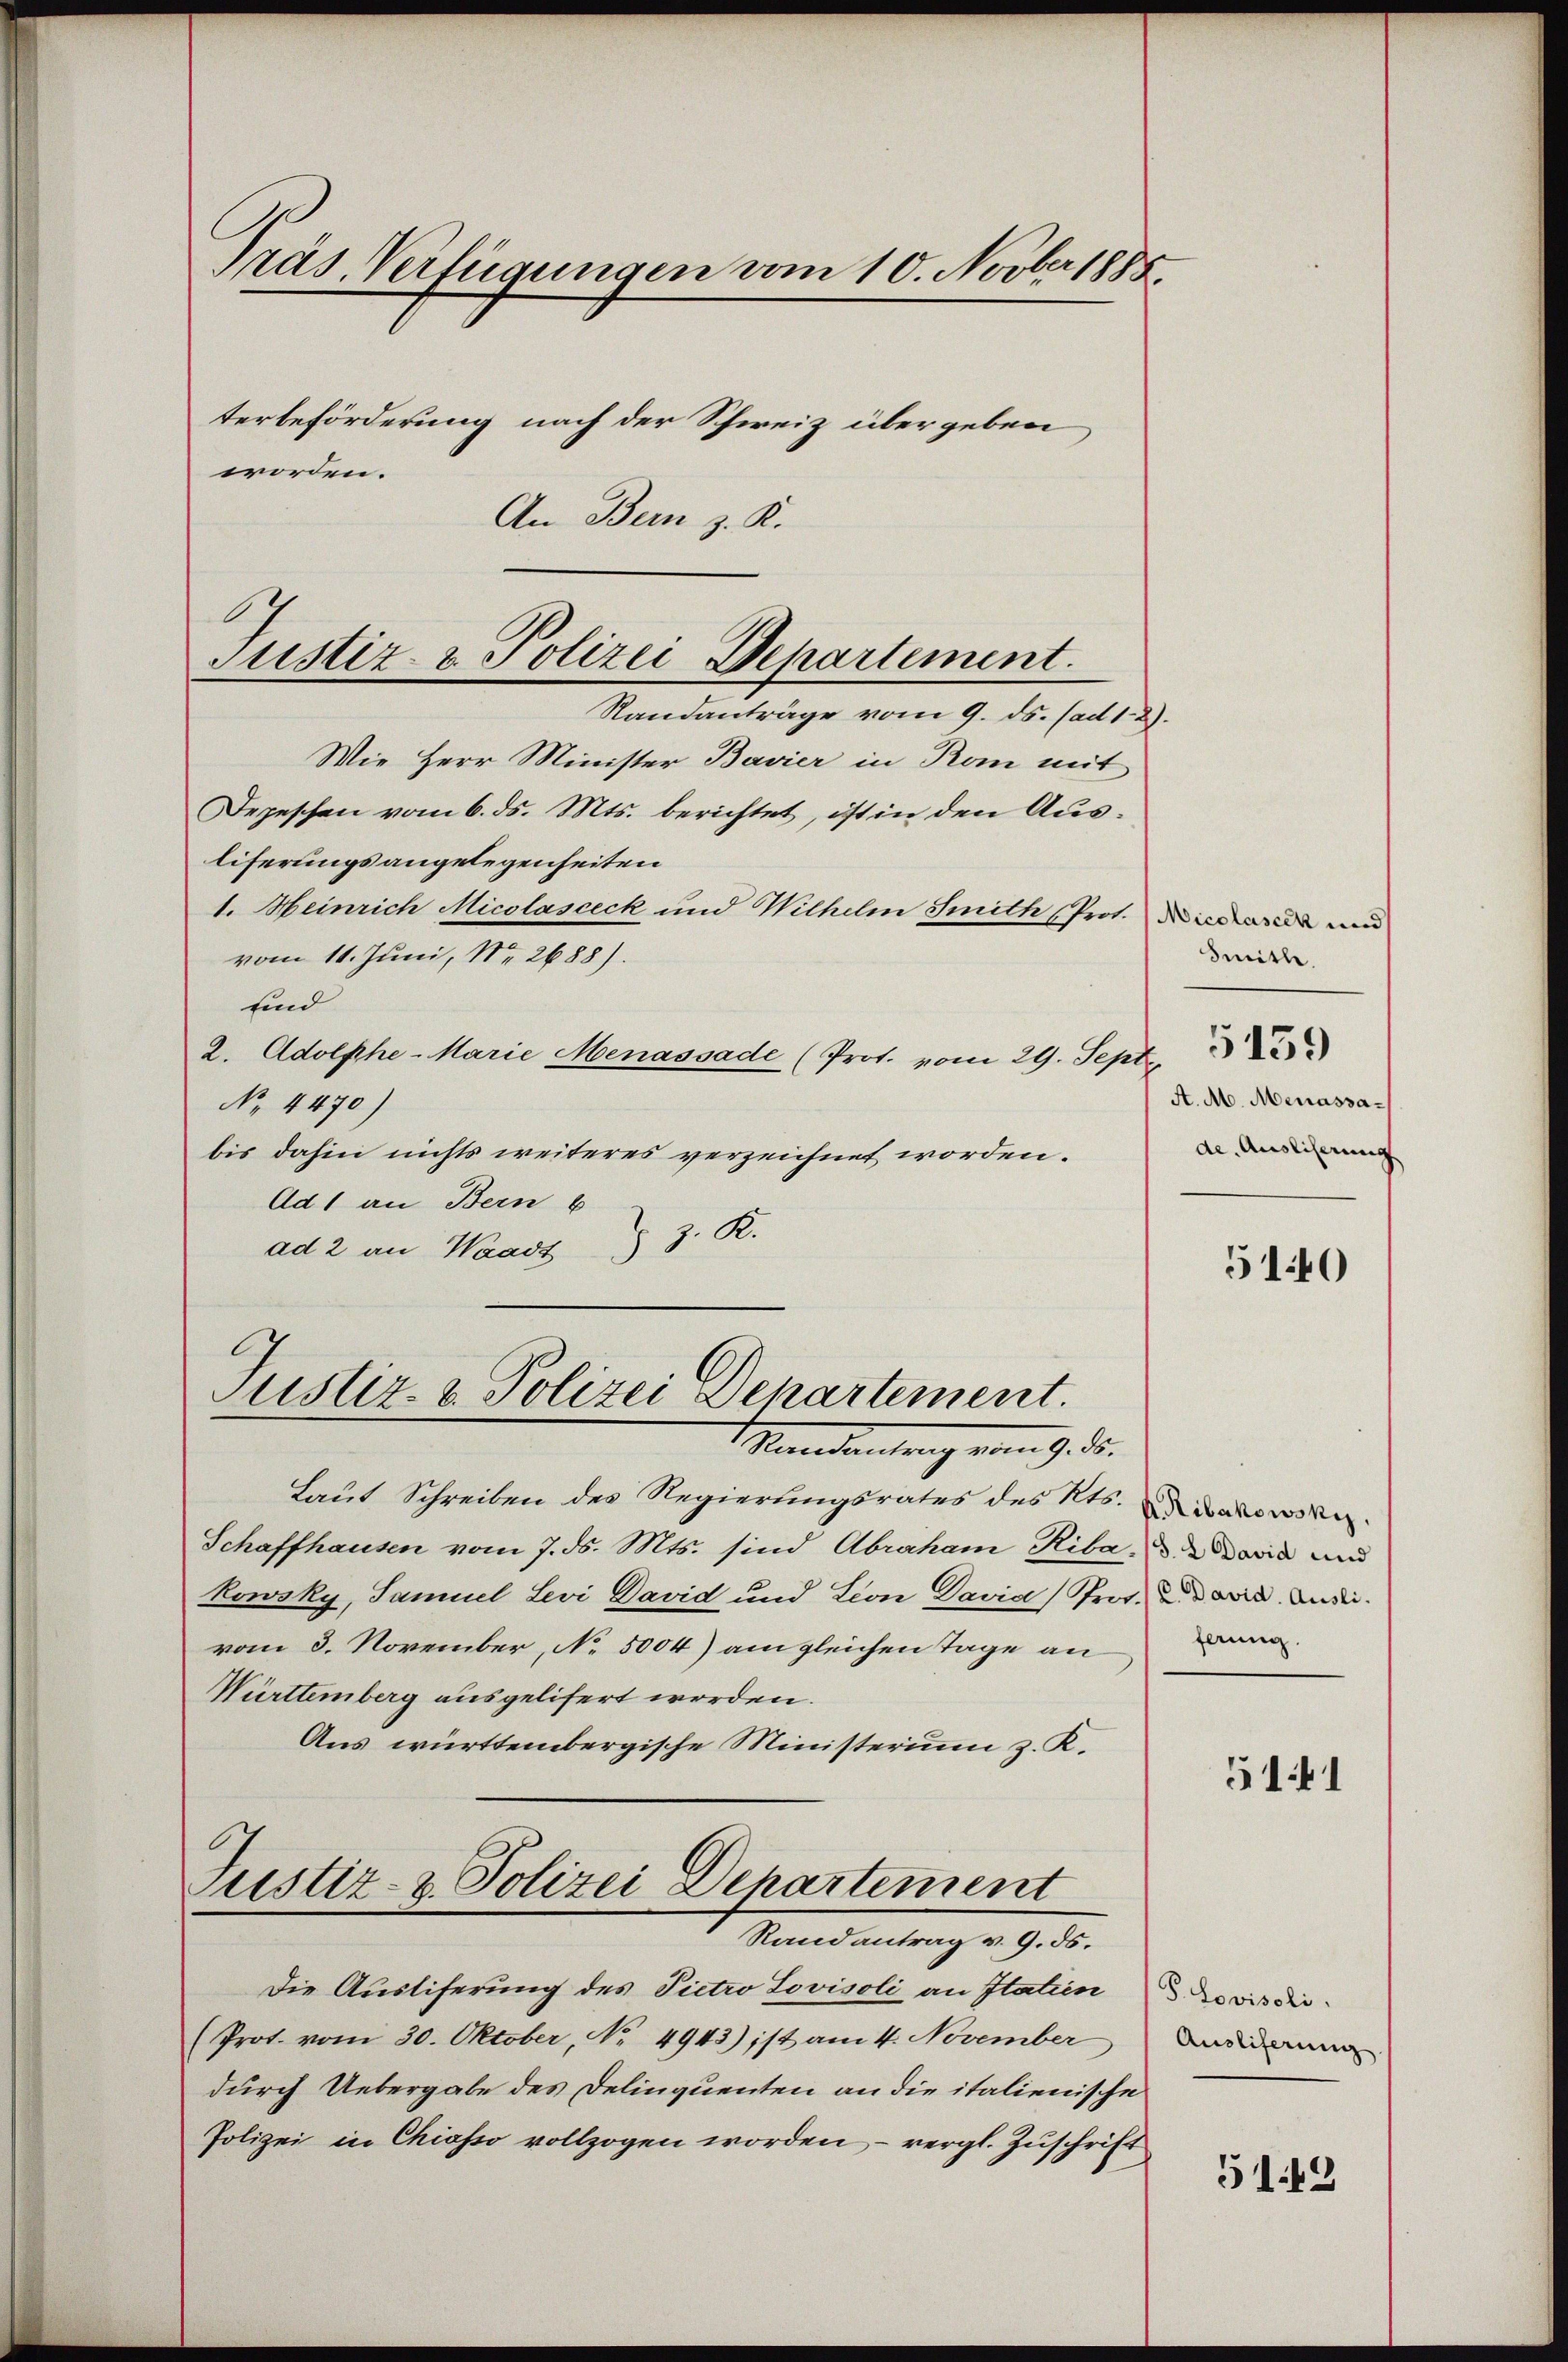
Wie Herr Minister Bavier in Rom mit
Depeschen vom 6. ds. Mts. berichtet, ist in den Ausliferungsangelegenheiten
1. Meinrich Micolasceck und Wilhelm Smith (Prot. rede und
vom 11. Juni, Nr. 2688).
sind
2. Adolphe-Marie Menassade (Prot. vom 29. Septe
No. 4470)
bis dahin nichts weiteres verzeichnet worden.
Ad 1 an Bern b
ad 2 an Waadt § 3 R.

Präs. Verfügungen vom 10. Novber 1885.
terbeförderung nach der Schweiz übergeben
worden.

An Bern z. K.

Justiz- & Polizei Departement.
Randanträge vom 9. ds. (ad 12).

Justiz- & Polizei Departement.

Mindenlang vom 9. d.
Laut Schreiben des Regierungsrates des Kts. dass wir
Schaffhausen vom 7. ds. Mts. sind Abraham Riba, u. 2 davia und
kowsky, Samuel Levi David und Lion David Prot. Die wird ander
vom 3. November, No. 5004) am gleichen Tage an
Württemberg ausgelifert worden.
Aus württembergische Ministerium z. K.
Justiz- & Polizei Departement
Randantrag v. 9. ds.
Die Austiferung des Pietro Lovisoli an Statien
(Prot. vom 30. Oktober, No. 4943) ist am 4. November
durch Uebergabe des Delinquenten an die italienische
Polizei in Chiasso vollzogen worden, – vergl. Zuschrift

Smith.
A. M. Menassade. Auslierung

5159

510

ferung.

5141

P. Sovisoli
Ausliferung.

5142